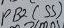
Text: PB2